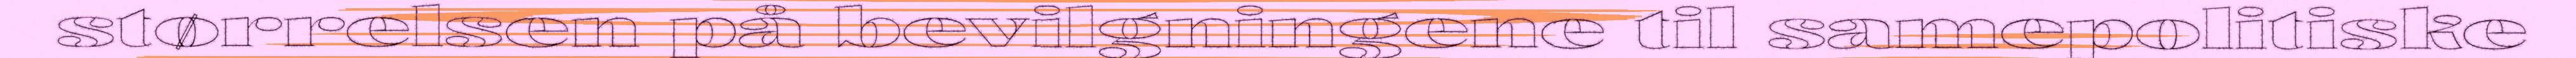
størrelsen på bevilgningene til samepolitiske